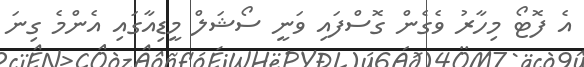
އެ ފޮޓޯ މިހާރު ވެގެން ގޮސްފައި ވަނީ ސޯޝަލް މީޑިއާގައި އެންމެ ގިނަ